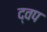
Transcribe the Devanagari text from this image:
द्वप